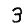
Digit: 3